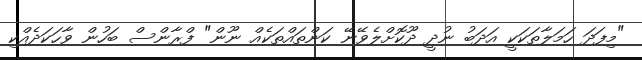
"މިފަދަ ހަމަލާތަކަކީ އަދަބު ނުދީ ދޫކޮށްލެވޭނޭ ކަންތައްތަކެއް ނޫން" ފްރާންސް ބަހުން ވާހަކަދެއްކި